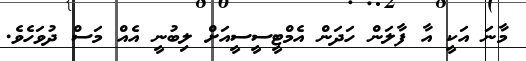
މާނަ އަކީ އާ ފާލަން ހަދަން އެމްޓީސީސީއަށް ލިބުނީ އެއް މަސް ދުވަހެވެ.